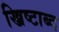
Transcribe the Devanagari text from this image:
ख्रिष्टाब्द